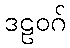
ဒဠဝဂ်